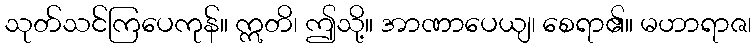
သုတ်သင်ကြပေကုန်။ ဣတိ၊ ဤသို့။ အာဏာပေယျ၊ စေရာ၏။ မဟာရာဇ၊